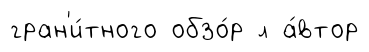
гран'и́тного обзо́р л а́втор